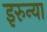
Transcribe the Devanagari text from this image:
इरुन्या